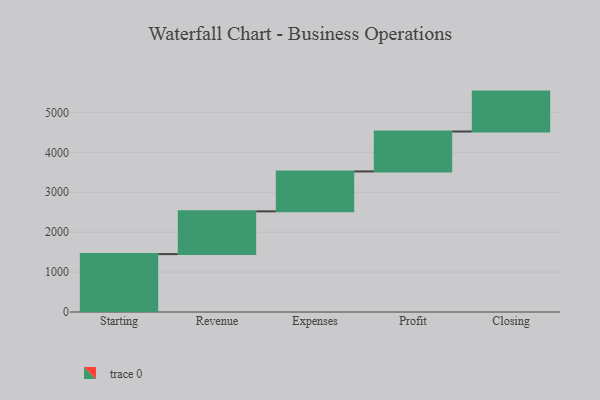
{"axis": {"x": "Step", "y": "Value"}, "legend": [""], "data": [{"x": "Starting", "y": 1450.0, "type": ""}, {"x": "Revenue", "y": 1071.0, "type": ""}, {"x": "Expenses", "y": 1000, "type": ""}, {"x": "Profit", "y": 1000, "type": ""}, {"x": "Closing", "y": 1000, "type": ""}]}